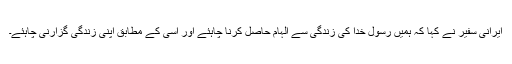
ایرانی سفیر نے کہا کہ ہمیں رسول خدا کی زندگی سے الہام حاصل کرنا چاہئے اور اسی کے مطابق اپنی زندگی گزارنی چاہئے۔